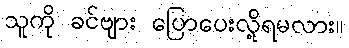
သူကို ခင်ဗျား ပြောပေးလို့ရမလား။